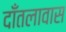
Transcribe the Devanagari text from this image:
दाँतलावास